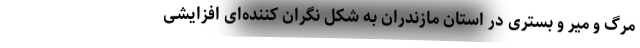
مرگ و میر و بستری در استان مازندران به شکل نگران کننده‌ای افزایشی